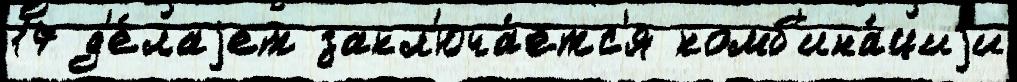
17 д'е́лаjет закл'юча́етс'я комб'ина́циjи